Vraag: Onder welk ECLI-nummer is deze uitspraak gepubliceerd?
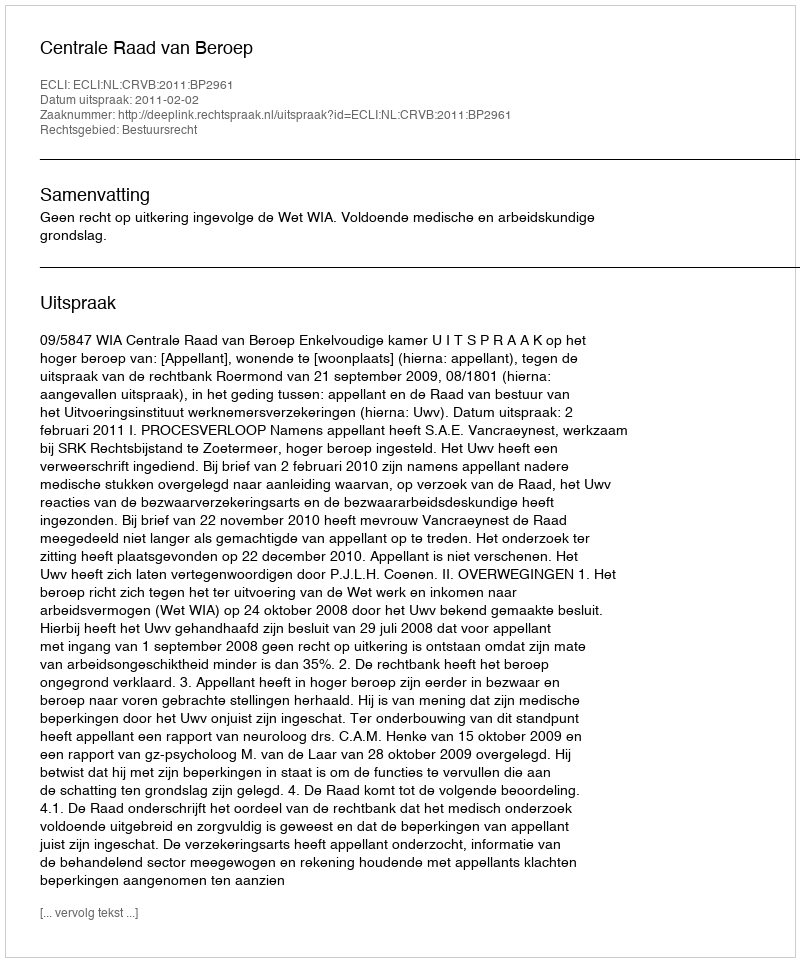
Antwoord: ECLI:NL:CRVB:2011:BP2961